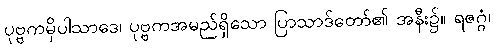
ပုဗ္ဗကမှိပါသာဒေ၊ ပုဗ္ဗကအမည်ရှိသော ပြာသာဒ်တော်၏ အနီး၌။ ရဇဂ္ဂံ၊